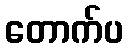
တောက်ပ